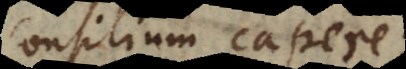
consilium capere;